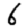
Digit: 6